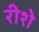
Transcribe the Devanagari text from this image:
रीशे